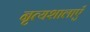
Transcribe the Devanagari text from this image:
नृत्यशालाएँ